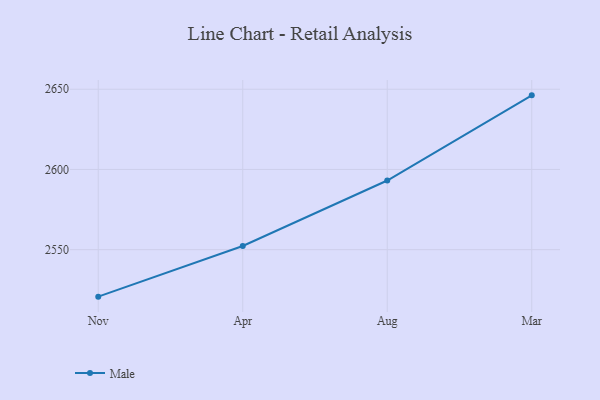
{"axis": {"x": "Month", "y": "Backlog"}, "legend": ["Male"], "data": [{"x": "Nov", "y": 2520.7, "type": "Male"}, {"x": "Apr", "y": 2552.3, "type": "Male"}, {"x": "Aug", "y": 2593.1, "type": "Male"}, {"x": "Mar", "y": 2646.2, "type": "Male"}]}